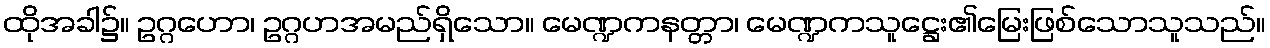
ထိုအခါ၌။ ဥဂ္ဂဟော၊ ဥဂ္ဂဟအမည်ရှိသော။ မေဏ္ဍကနတ္တာ၊ မေဏ္ဍကသူဋ္ဌေး၏မြေးဖြစ်သောသူသည်။